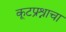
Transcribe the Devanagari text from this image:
कूटप्रश्नाचा